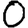
Digit: 0